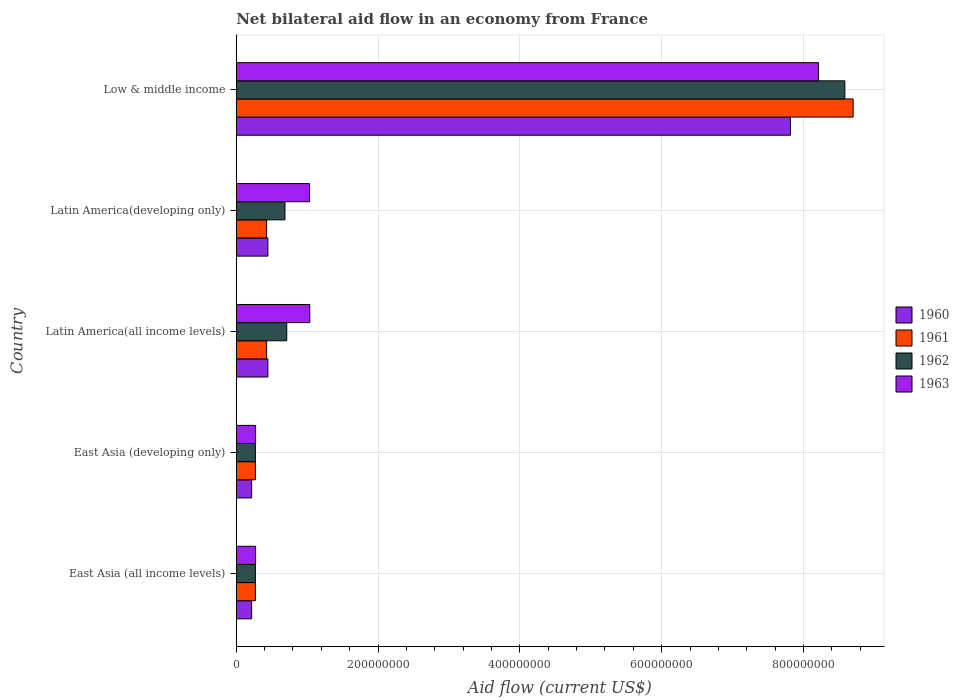
| Country | 1960 | 1961 | 1962 | 1963 |
 | --- | --- | --- | --- | --- |
 | East Asia (all income levels) | 2.17e+07 | 2.7e+07 | 2.7e+07 | 2.73e+07 |
 | East Asia (developing only) | 2.17e+07 | 2.7e+07 | 2.7e+07 | 2.73e+07 |
 | Latin America(all income levels) | 4.46e+07 | 4.28e+07 | 7.12e+07 | 1.04e+08 |
 | Latin America(developing only) | 4.46e+07 | 4.28e+07 | 6.87e+07 | 1.03e+08 |
 | Low & middle income | 7.82e+08 | 8.7e+08 | 8.58e+08 | 8.21e+08 |